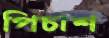
পিচাশ